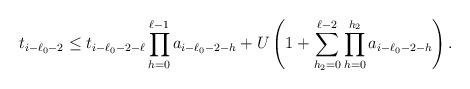
LaTeX: \begin{align*}t_{i-\ell_0-2}\le t_{i-\ell_0-2-\ell}\prod_{h=0}^{\ell-1}a_{i-\ell_0-2-h}+U\left(1+\sum_{h_2=0}^{\ell-2}\prod_{h=0}^{h_2} a_{i-\ell_0-2-h}\right).\end{align*}